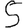
Digit: 5